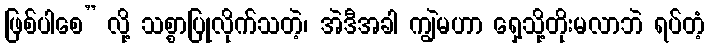
ဖြစ်ပါစေ” လို့ သစ္စာပြုလိုက်သတဲ့၊ အဲဒီအခါ ကျွဲမဟာ ရှေ့သို့တိုးမလာဘဲ ရပ်တံ့